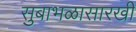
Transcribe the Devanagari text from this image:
सुबाभळासारखी